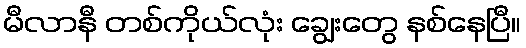
မီလာနီ တစ်ကိုယ်လုံး ချွေးတွေ နစ်နေပြီ။